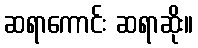
ဆရာကောင်း ဆရာဆိုး။